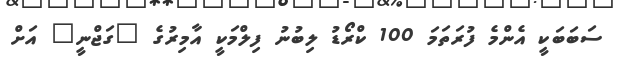
ސަބަބަކީ އެންމެ ފުރަތަމަ 100 ކްރޯޑު ލިބުނު ފިލްމަކީ އާމިރުގެ "ގަޖްނީ" އަށް